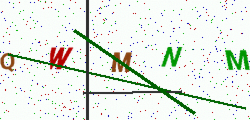
Text: QWMNM